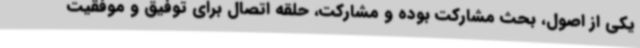
یکی از اصول، بحث مشارکت بوده و مشارکت، حلقه اتصال برای توفیق و موفقیت